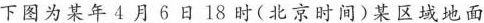
下图为某年4月6日18时(北京时间)某区域地面